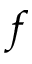
f